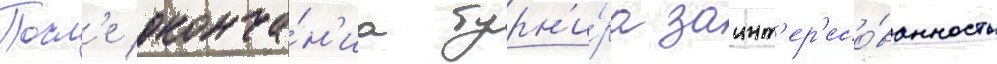
Посл'е оконча́н'иа турн'и́ра заинт'ер'есо́ванность